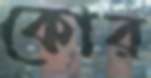
কোর